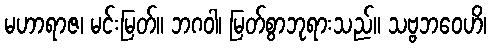
မဟာရာဇ၊ မင်းမြတ်။ ဘဂဝါ၊ မြတ်စွာဘုရားသည်။ သဗ္ဗဘဝေဟိ၊